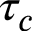
\tau _ { c }